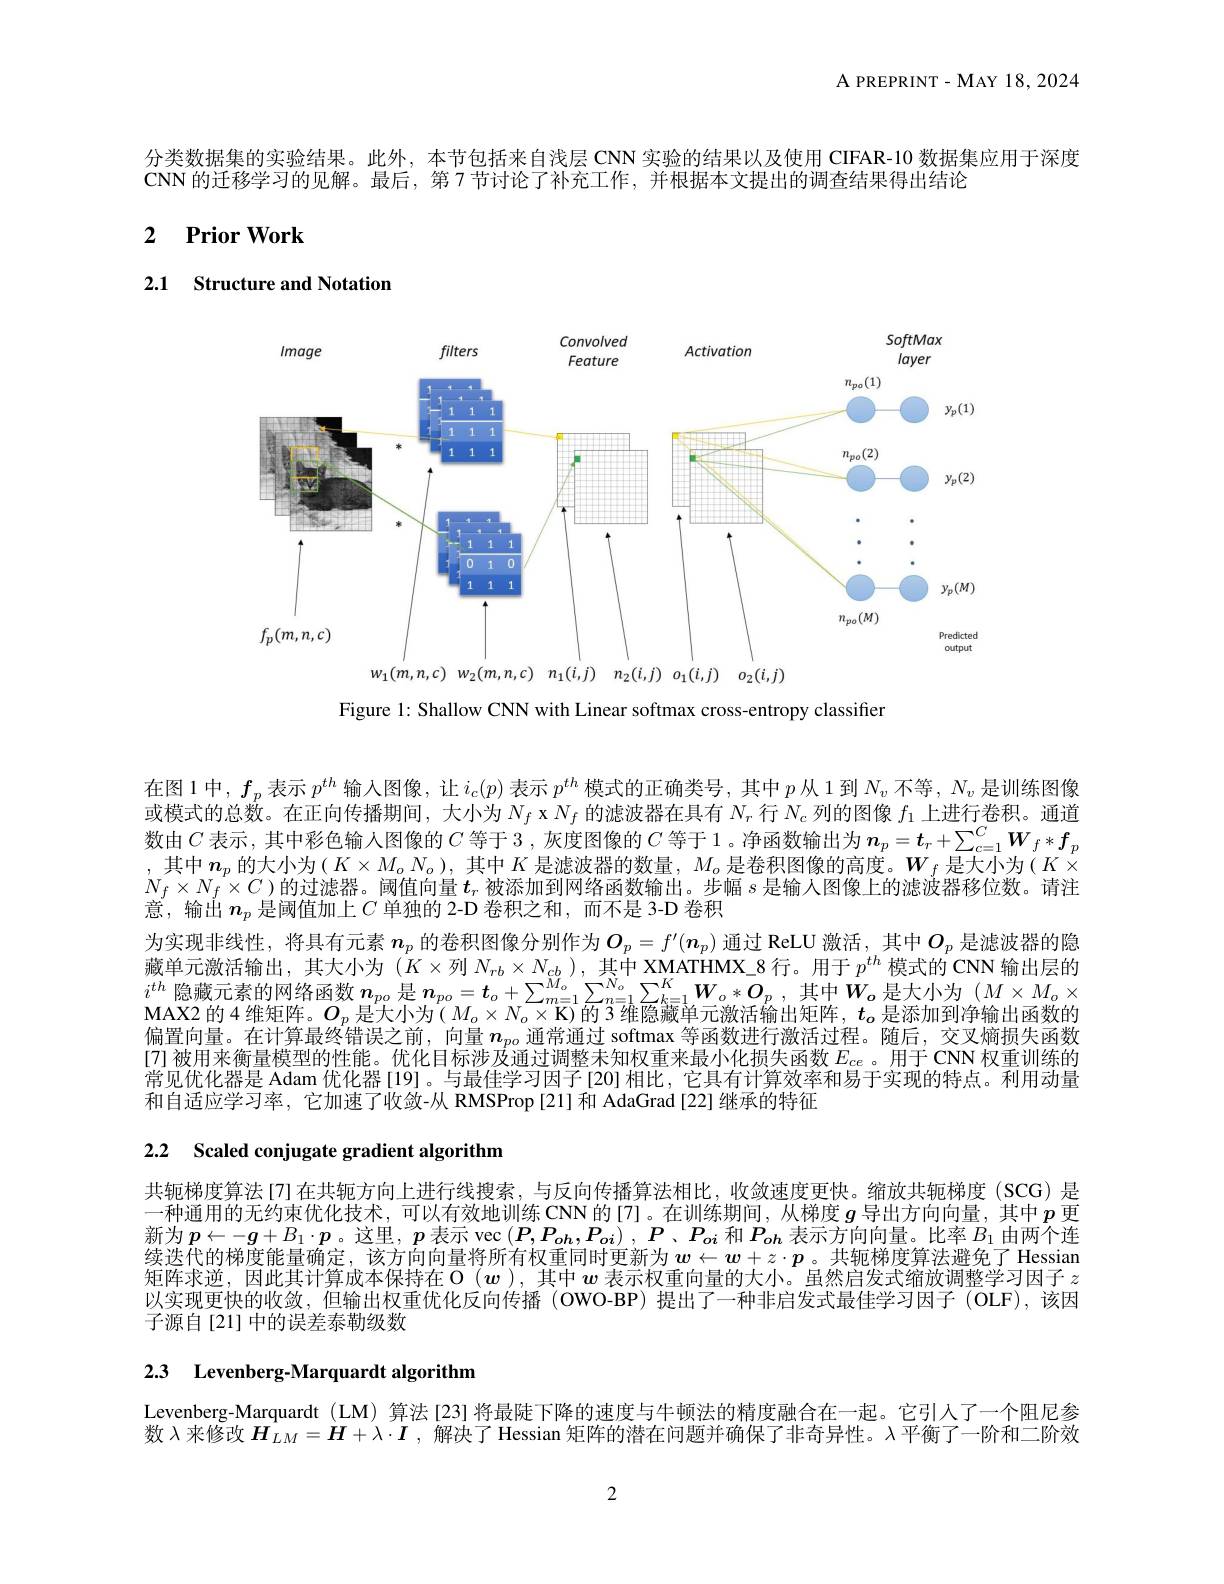
${\mathrm{A~PREPRINT-MAY~18,2024}}$

分类数据集的实验结果。此外，本节包括来自浅层 CNN 实验的结果以及使用 CIFAR-10 数据集应用于深度
CNN 的迁移学习的见解。最后，第7 节讨论了补充工作，并根据本文提出的调查结果得出结论

# 2 $\textbf{Prior Work}$

2.1 Structure and Notation

<FigureHere>
$w_1( m, n, c)$ $w_2( m, n, c)$ $n_1( i, j)$ $n_2( i, j)$ $o_1( i, j)$ $o_2( i, j)$

Figure 1: Shallow CNN with Linear softmax cross-entropy classifier

在图 1 中，$f_p$表示$p^th$输人图像，让$i_c(p)$表示$p^th$模式的正确类号，其中$p$从 1 到$N_v$不等$,N_v$是训练图像或模式的总数。在正向传播期间，大小为$N_f$ x $N_f$的滤波器在具有$N_r$行$N_c$列的图像$f_1$上进行卷积。通道数由$C$表示，其中彩色输人图像的$C$等于 3 , 灰度图像的$C$等于 1 。净函数输出为$\boldsymbol{n}_p=\boldsymbol{t}_r+\sum_{c=1}^C\boldsymbol{W}_f*\boldsymbol{f}_p$ ,其中$\boldsymbol{n}_p$的大小为$(K\times M_oN_o)$,其中$K$是滤波器的数量，$M_o$是卷积图像的高度。$W_f$是大小为$(K\times$ $N_f\times N_f\times C$ )的过滤器。阈值向量$t_r$被添加到网络函数输出。步幅$s$是输人图像上的滤波器移位数。请注意，输出$n_p$是阈值加上$C$单独的 2-D 卷积之和，而不是 3-D 卷积
为实现非线性，将具有元素 $n_p$ 的卷积图像分别作为$\boldsymbol{O}_p=f^{\prime}(\boldsymbol{n}_p)$ 通过 ReLU 激活，其中$O_p$ 是滤波器的隐藏单元激活输出，其大小为$(K\times$列$N_rb\times N_{cb})$,其中 XMATHMX\_8行。用于$p^th$模式的 CNN 输出层的$i^{th}$隐藏元素的网络函数$n_po$是$n_po=t_o+\sum_{m=1}^{M_o}\sum_{n=1}^{N_o}\sum_{k=1}^KW_o*O_p$,其中$W_o$是大小为$(M\times M_o\times M_o)$ MAX2 的4 维矩阵。$O_p$是大小为( $M_o\times N_o\times\mathbf{K})$的 3 维隐藏单元激活输出矩阵，$t_o$是添加到净输出函数的偏置向量。在计算最终错误之前，向量$n_{po}$通常通过 softmax 等函数进行激活过程。随后，交叉熵损失函数[7]被用来衡量模型的性能。优化目标涉及通过调整未知权重来最小化损失函数$E_{ce}$ 。用于 CNN 权重训练的常见优化器是 Adam 优化器[19]。与最佳学习因子[20]相比，它具有计算效率和易于实现的特点。利用动量和自适应学习率，它加速了收敛-从 RMSProp[21]和 AdaGrad[22] 继承的特征

2.2 Scaled conjugate gradient algorithm

共轭梯度算法[7]在共轭方向上进行线搜索，与反向传播算法相比，收敛速度更快。缩放共轭梯度(SCG)是一种通用的无约束优化技术，可以有效地训练 CNN 的[7]。在训练期间，从梯度$g$导出方向向量，其中$p$ 更新为$\boldsymbol{p}\leftarrow-\boldsymbol{g}+B_1\cdot\boldsymbol{p}$。这里，$\boldsymbol{p}$表示 vec $( \boldsymbol{P}, \boldsymbol{P}_{o\boldsymbol{h}}, \boldsymbol{P}_{oi})$ , P、$\boldsymbol{P}_{oi}$和$\boldsymbol{P}_{o\boldsymbol{h}}$表示方向向量。比率$B_1$由两个连续迭代的梯度能量确定，该方向向量将所有权重同时更新为$w\leftarrow w+z\cdot p$。共轭梯度算法避免了Hessian 矩阵求逆，因此其计算成本保持在 O $(\boldsymbol{w})$,其中$\boldsymbol{w}$表示权重向量的大小。虽然启发式缩放调整学习因子$z$ 以实现更快的收敛，但输出权重优化反向传播(OWO-BP)提出了一种非启发式最佳学习因子 (OLF),该因子源自[21]中的误差泰勒级数

# 2.3 Levenberg-Marquardt algorithm

Levenberg-Marquardt (LM) 算法[23]将最陡下降的速度与牛顿法的精度融合在一起。它引人了一个阻尼参

数$\lambda$来修改$H_{LM}=\boldsymbol{H}+\lambda\cdot I$ ,解决了 Hessian 矩阵的潜在问题并确保了非奇异性。入平衡了一阶和二阶效

2